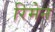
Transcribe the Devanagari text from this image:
रिमेन